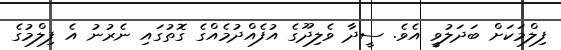
ފިލްމަކަށް ބަދަލުވީ އެވެ. ސީދާ ވެލިދޫގެ އުފެއްދުމެއްގެ ގޮތުގައި ނެރުނު އެ ފިލްމުގެ